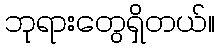
ဘုရားတွေရှိတယ်။